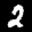
Label: 2